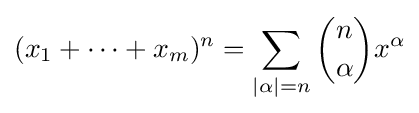
(x_{1}+\cdots +x_{m})^{n}=\sum _{|\alpha |=n}{n \choose \alpha }x^{\alpha }